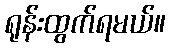
ရုန်းထွက်ရမယ်။